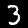
Label: 3